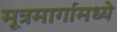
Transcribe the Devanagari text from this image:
मूत्रमार्गामध्ये